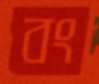
বং